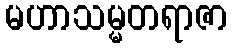
မဟာသမ္မတရာဇာ